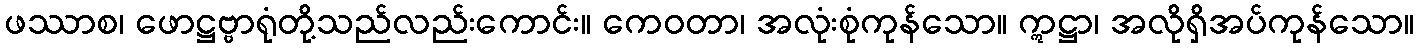
ဖဿာစ၊ ဖောဋ္ဌဗ္ဗာရုံတို့သည်လည်းကောင်း။ ကေဝတာ၊ အလုံးစုံကုန်သော။ ဣဋ္ဌာ၊ အလိုရှိအပ်ကုန်သော။